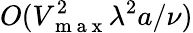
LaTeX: O(V_{\mathrm{~m~a~x~}}^{2}\lambda^{2}a/\nu)